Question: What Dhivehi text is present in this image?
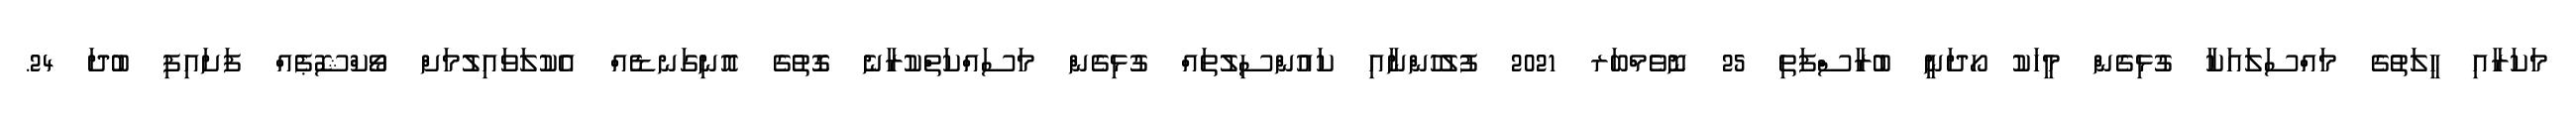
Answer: މަކަރާއި ހީލަތުގެ މައްސަލައަކާ ގުޅިގެން މީހަކު ހޯދަނީ ބުރާސްފަތި 25 ނޮވެމްބަރ 2021 ފުލުހުންނާއި ކައުންސިލުތައް ގުޅިގެން މަސައްކަތްކުރާނެ ގޮތުގެ އޮނިގަނޑެއް އެކުލަވައިލުމަށް ވޯކްޝޮޕެއް ފަށައިފި ބުދަ 24.